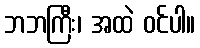
ဘဘကြီး၊ အထဲ ဝင်ပါ။